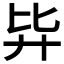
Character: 𰐉